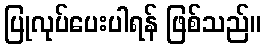
ပြုလုပ်ပေးပါရန် ဖြစ်သည်။